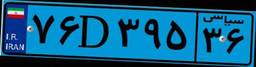
۸۷D۷۸۶۲۹